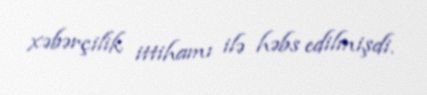
xəbərçilik ittihamı ilə həbs edilmişdi.